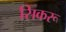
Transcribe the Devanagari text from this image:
सिकरू